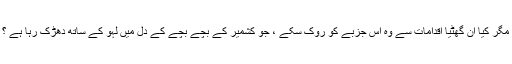
مگر کیا ان گھٹیا اقدامات سے وہ اس جزبے کو روک سکے ، جو کشمیر کے بچے بچے کے دل میں لہو کے ساتھ دھڑک رہا ہے ؟